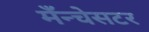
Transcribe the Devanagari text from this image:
मँन्चेसटर